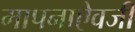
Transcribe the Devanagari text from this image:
मापनाऐवजी